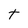
Character: t